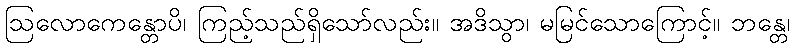
ဩလောကေန္တောပိ၊ ကြည့်သည်ရှိသော်လည်း။ အဒိသွာ၊ မမြင်သောကြောင့်။ ဘန္တေ၊